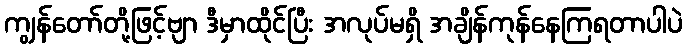
ကျွန်တော်တို့ဖြင့်ဗျာ ဒီမှာထိုင်ပြီး အလုပ်မရှိ အချိန်ကုန်နေကြရတာပါပဲ